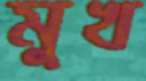
মুখ